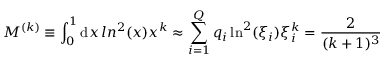
M ^ { ( k ) } \equiv \int _ { 0 } ^ { 1 } \mathrm { d } x \, l n ^ { 2 } ( x ) x ^ { k } \approx \sum _ { i = 1 } ^ { Q } q _ { i } \ln ^ { 2 } ( \xi _ { i } ) \xi _ { i } ^ { k } = \frac { 2 } { ( k + 1 ) ^ { 3 } }